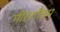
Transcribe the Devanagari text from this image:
गीतगौतम